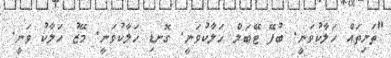
"ތަށިތައް ހަލާކުވަނީ. ބުފޭ ޓޭބަލް ހަލާކުވަނީ. ގޮނޑި ހަލާކުވަނީ. މޭޒު ހަލާކު ވަނީ.